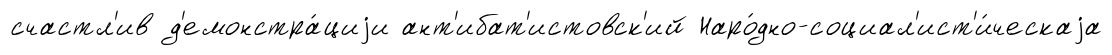
счастл'ив д'емонстра́циjи ант'ибат'истовск'ий Наро́дно-социал'ист'и́ческаjа